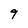
Character: 9